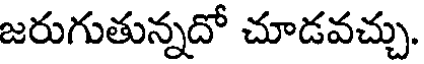
జరుగుతున్నదో చూడవచ్చు.